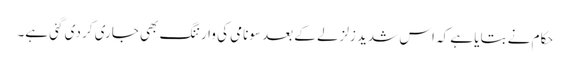
حکام نے بتایا ہے کہ اس شدید زلزلے کے بعد سونامی کی وارننگ بھی جاری کر دی گئی ہے۔